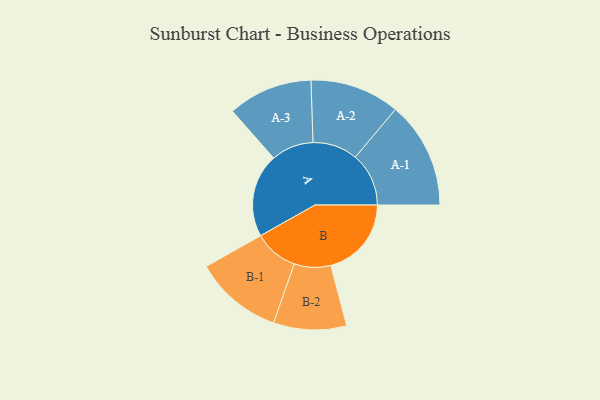
{"axis": {"x": "Segment", "y": "Value"}, "legend": ["", "A", "B"], "data": [{"x": "A", "y": 419, "type": ""}, {"x": "B", "y": 404, "type": ""}, {"x": "A-1", "y": 268, "type": "A"}, {"x": "A-2", "y": 225, "type": "A"}, {"x": "A-3", "y": 212, "type": "A"}, {"x": "B-1", "y": 221, "type": "B"}, {"x": "B-2", "y": 183, "type": "B"}]}